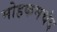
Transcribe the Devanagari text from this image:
मोहकमचंद